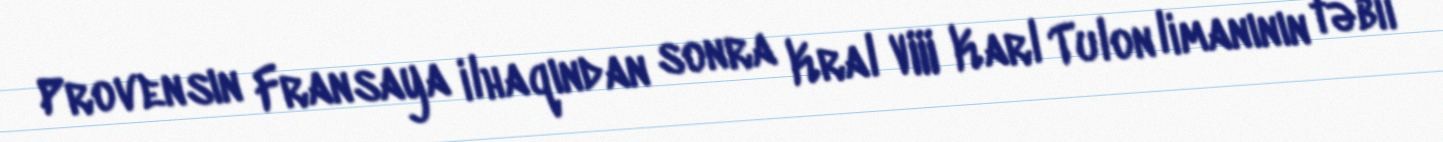
Provensın Fransaya ilhaqından sonra Kral VIII Karl Tulon limanının təbii